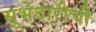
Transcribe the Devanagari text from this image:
सुभेदारीची